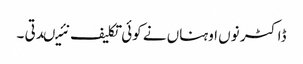
ڈاکٹر نوں اوہناں نے کوئی تکلیف نئیںدتی ۔